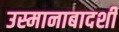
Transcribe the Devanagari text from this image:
उस्मानाबादशी